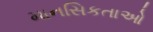
માનસિકતાઓ